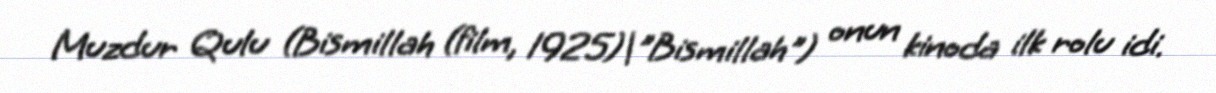
Muzdur Qulu (Bismillah (film, 1925)|"Bismillah") onun kinoda ilk rolu idi.